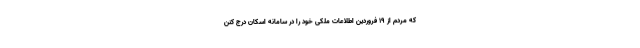
که مردم از ۱۹ فروردین اطلاعات ملکی خود را در سامانه اسکان درج کنن